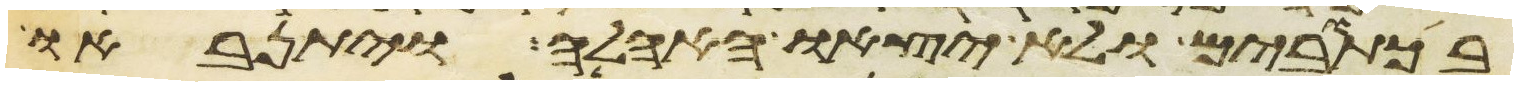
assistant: בכתובים ולא יצאו האהלה ויתנאבו